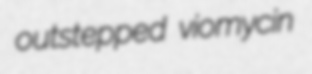
outstepped viomycin